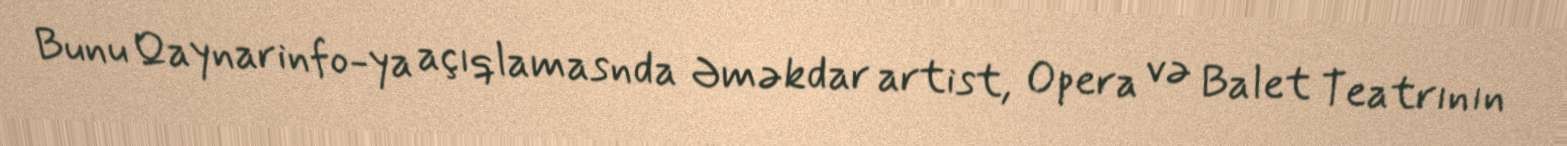
Bunu Qaynarinfo-ya açıqlamasnda Əməkdar artist, Opera və Balet Teatrının